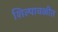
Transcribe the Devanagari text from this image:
शिल्पावळीत